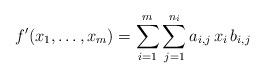
LaTeX: \begin{align*} f'(x_1,\dots,x_m) = \sum_{i=1}^m \sum_{j=1}^{n_i} a_{i,j} \, x_i \, b_{i,j} \end{align*}